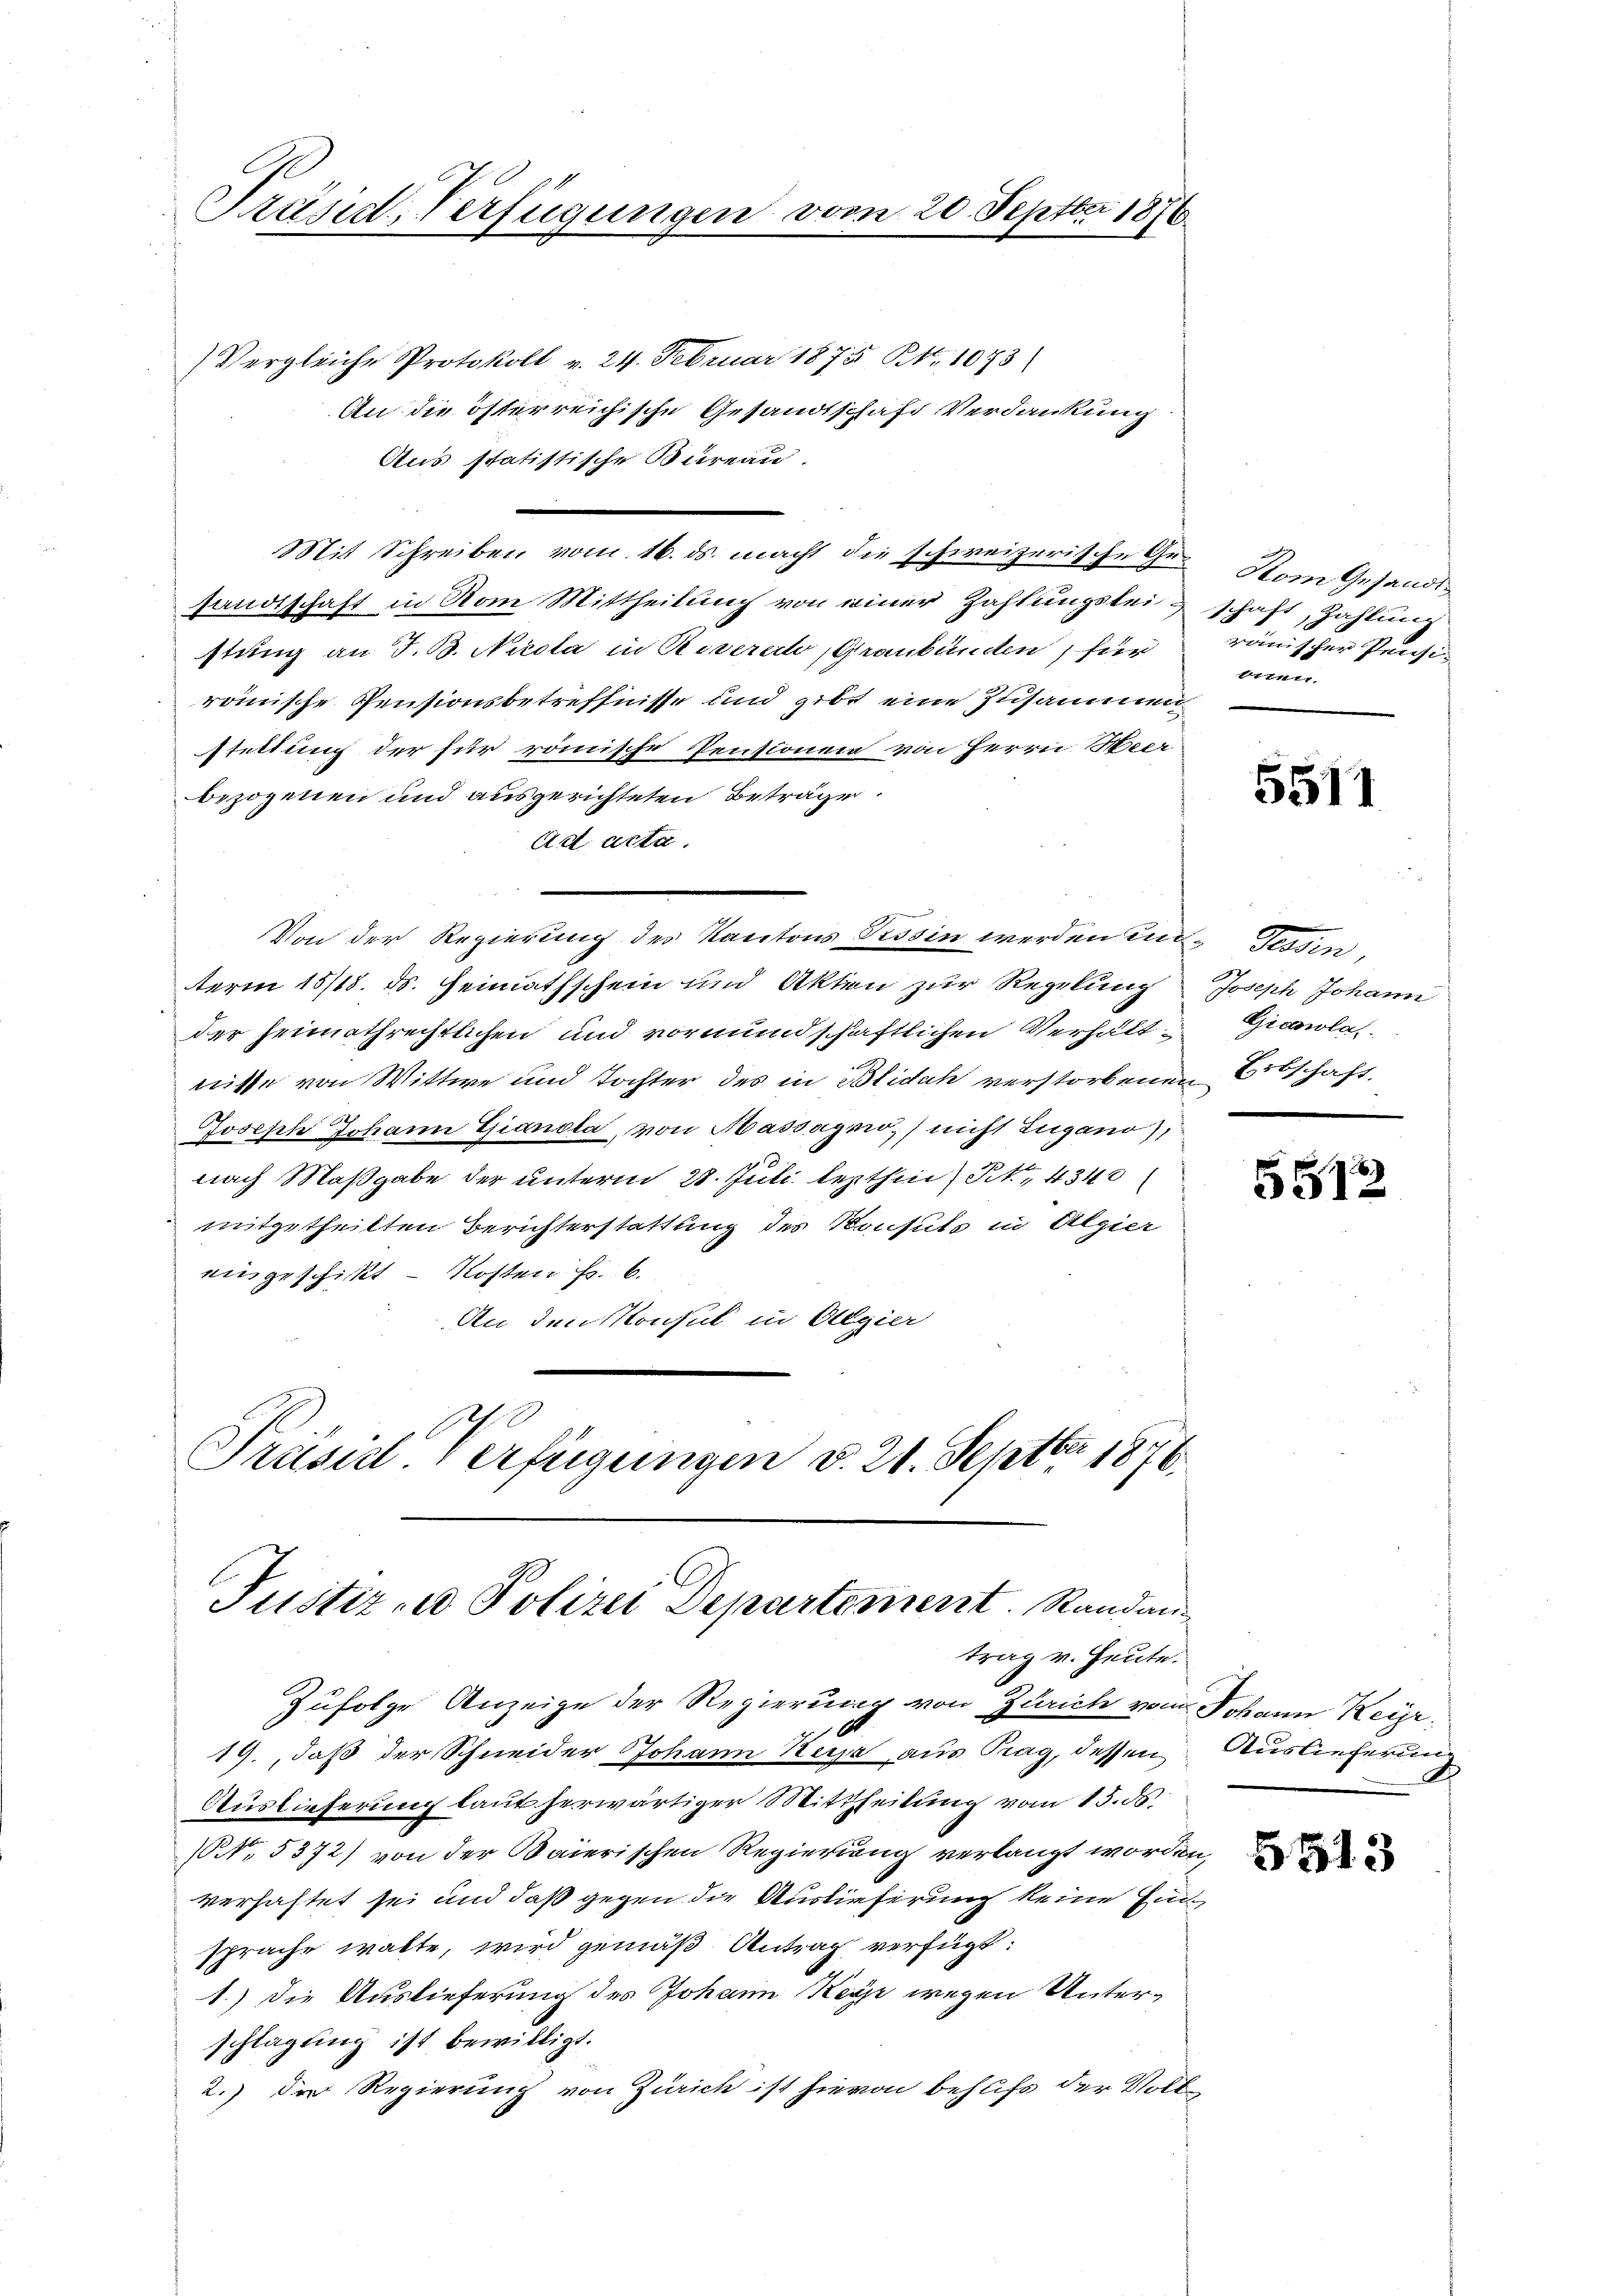
Präsid. Verfügungen vom 20. Septbr 1876.

Vergleiche Protokoll v. 24. Februar 1875 Bd. 1073
An die österreichische Gesandtschaft Verdankung
Aus statistische Bureau.
Mit Schreiben vom 16. ds. macht die schweizerische Ge-Vom Gesandtsandtschaft in vom Mittheilung von einer Zahlungslei & schaft, Zahlung
stung an J. B. Nicola in Riverach, Graubünden, für
römische Pensionsbetreffnisse und gibt eine Zusammen
staltung der für römische Pensionen von Herrn Weer
bezogenen und ausgerichteten Beträge
Ad acta.
Von der Regierung des Kantons Tessin werden und Tessin,
term 15/18. ds. Heimathschein und Akten zur Regelung Joseph Johann
der heimathrechtlichen und vormundschaftlichen Verhält Gianola
nisse von Wittwe und Tochter des in Blidah verstorbenen Erbschaft
Joseph Johann Gianola, von Hassagio, nicht Zugano,
nach Maßgabe der unterm 28. Juli lezthin, Kt., 4340
mitgetheilten Berichterstattung des Konsuls in Algier
eingeschickt – Kosten Fr. 6.
An den Konsul in Algier
Präsid. Verfügungen d. 21. Septbr 1876.

Justiz- u Polizei Departement. Randantrag v. Heute.

Zufolge Anzeige der Regierung von Zürich von Johann Keise
.
19., daß der Schneider Johann Keyr aus Prag, dessen Auslieferung
Auslieferung laut herwärtiger Mittheilung vom 15. ds.
(. 5372) von der Baierischen Regierung verlangt worden,
verhaftet sei und daß gegen die Auslieferung keine Einsprache walte, wird gemäß Antrag verfügt:
1.) Die Auslieferung des Johann Keyr wegen Unterschlagung ist bewilligt.
2.) Der Regierung von Zürich ist hievon behufs der Volks

rainischer Pensionen.

5511

5512

5513